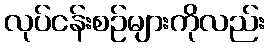
လုပ်ငန်းစဉ်များကိုလည်း